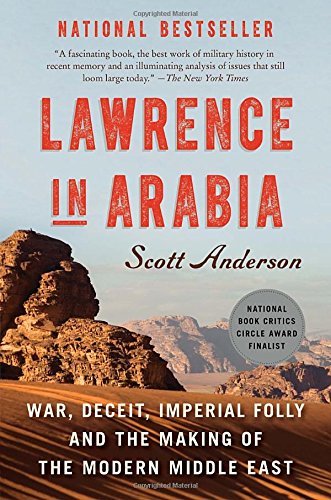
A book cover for Lawrence in Arabia: War, Deceit, Imperial Folly and the Making of the Modern Middle East; Scott Anderson; Biographies & Memoirs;